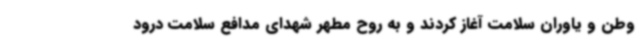
وطن و یاوران سلامت آغاز کردند و به روح مطهر شهدای مدافع سلامت درود